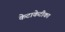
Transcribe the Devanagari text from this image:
केटाकेटीका